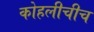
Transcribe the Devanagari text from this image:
कोहलीचीच